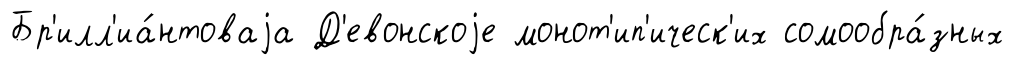
Бр'илл'иа́нтоваjа Д'евонскоjе монот'ип'ическ'их сомообра́зных